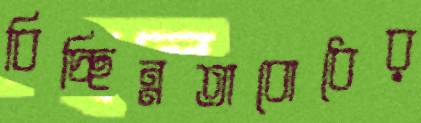
বিচ্ছিন্নতাবোধের